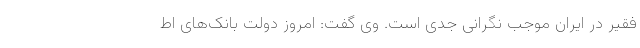
فقیر در ایران موجب نگرانی جدی است. وی گفت: امروز دولت بانک‌های اط